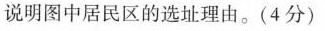
说明图中居民区的选址理由。(4分)